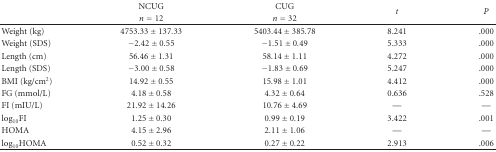
<table><thead><tr><td></td><td><b>NCUG</b></td><td><b>CUG</b></td><td rowspan="2"><b><i>t</i></b></td><td rowspan="2"><b><i>P</i></b></td></tr><tr><td></td><td><b><i>n</i> = 12</b></td><td><b><i>n</i> = 32</b></td></tr></thead><tbody><tr><td>Weight (kg)</td><td>4753.33 ± 137.33</td><td>5403.44 ± 385.78</td><td>8.241</td><td>.000</td></tr><tr><td>Weight (SDS)</td><td>−2.42 ± 0.55</td><td>−1.51 ± 0.49</td><td>5.333</td><td>.000</td></tr><tr><td>Length (cm)</td><td>56.46 ± 1.31</td><td>58.14 ± 1.11</td><td>4.272</td><td>.000</td></tr><tr><td>Length (SDS)</td><td>−3.00 ± 0.58</td><td>−1.83 ± 0.69</td><td>5.247</td><td>.000</td></tr><tr><td>BMI (kg/cm<sup>2</sup>)</td><td>14.92 ± 0.55</td><td>15.98 ± 1.01</td><td>4.412</td><td>.000</td></tr><tr><td>FG (mmol/L)</td><td>4.18 ± 0.58</td><td>4.32 ± 0.64</td><td>0.636</td><td>.528</td></tr><tr><td>FI (mIU/L)</td><td>21.92 ± 14.26</td><td>10.76 ± 4.69</td><td>—</td><td>—</td></tr><tr><td>log <sub>10</sub> FI</td><td>1.25 ± 0.30</td><td>0.99 ± 0.19</td><td>3.422</td><td>.001</td></tr><tr><td>HOMA</td><td>4.15 ± 2.96</td><td>2.11 ± 1.06</td><td>—</td><td>—</td></tr><tr><td>log <sub>10</sub> HOMA</td><td>0.52 ± 0.32</td><td>0.27 ± 0.22</td><td>2.913</td><td>.006</td></tr></tbody></table>